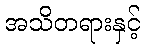
အသိတရားနှင့်